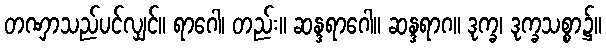
တဏှာသည်ပင်လျှင်။ ရာဂေါ၊ တည်း။ ဆန္ဒရာဂေါ။ ဆန္ဒရာဂ။ ဒုက္ခ၊ ဒုက္ခသစ္စာ၌။